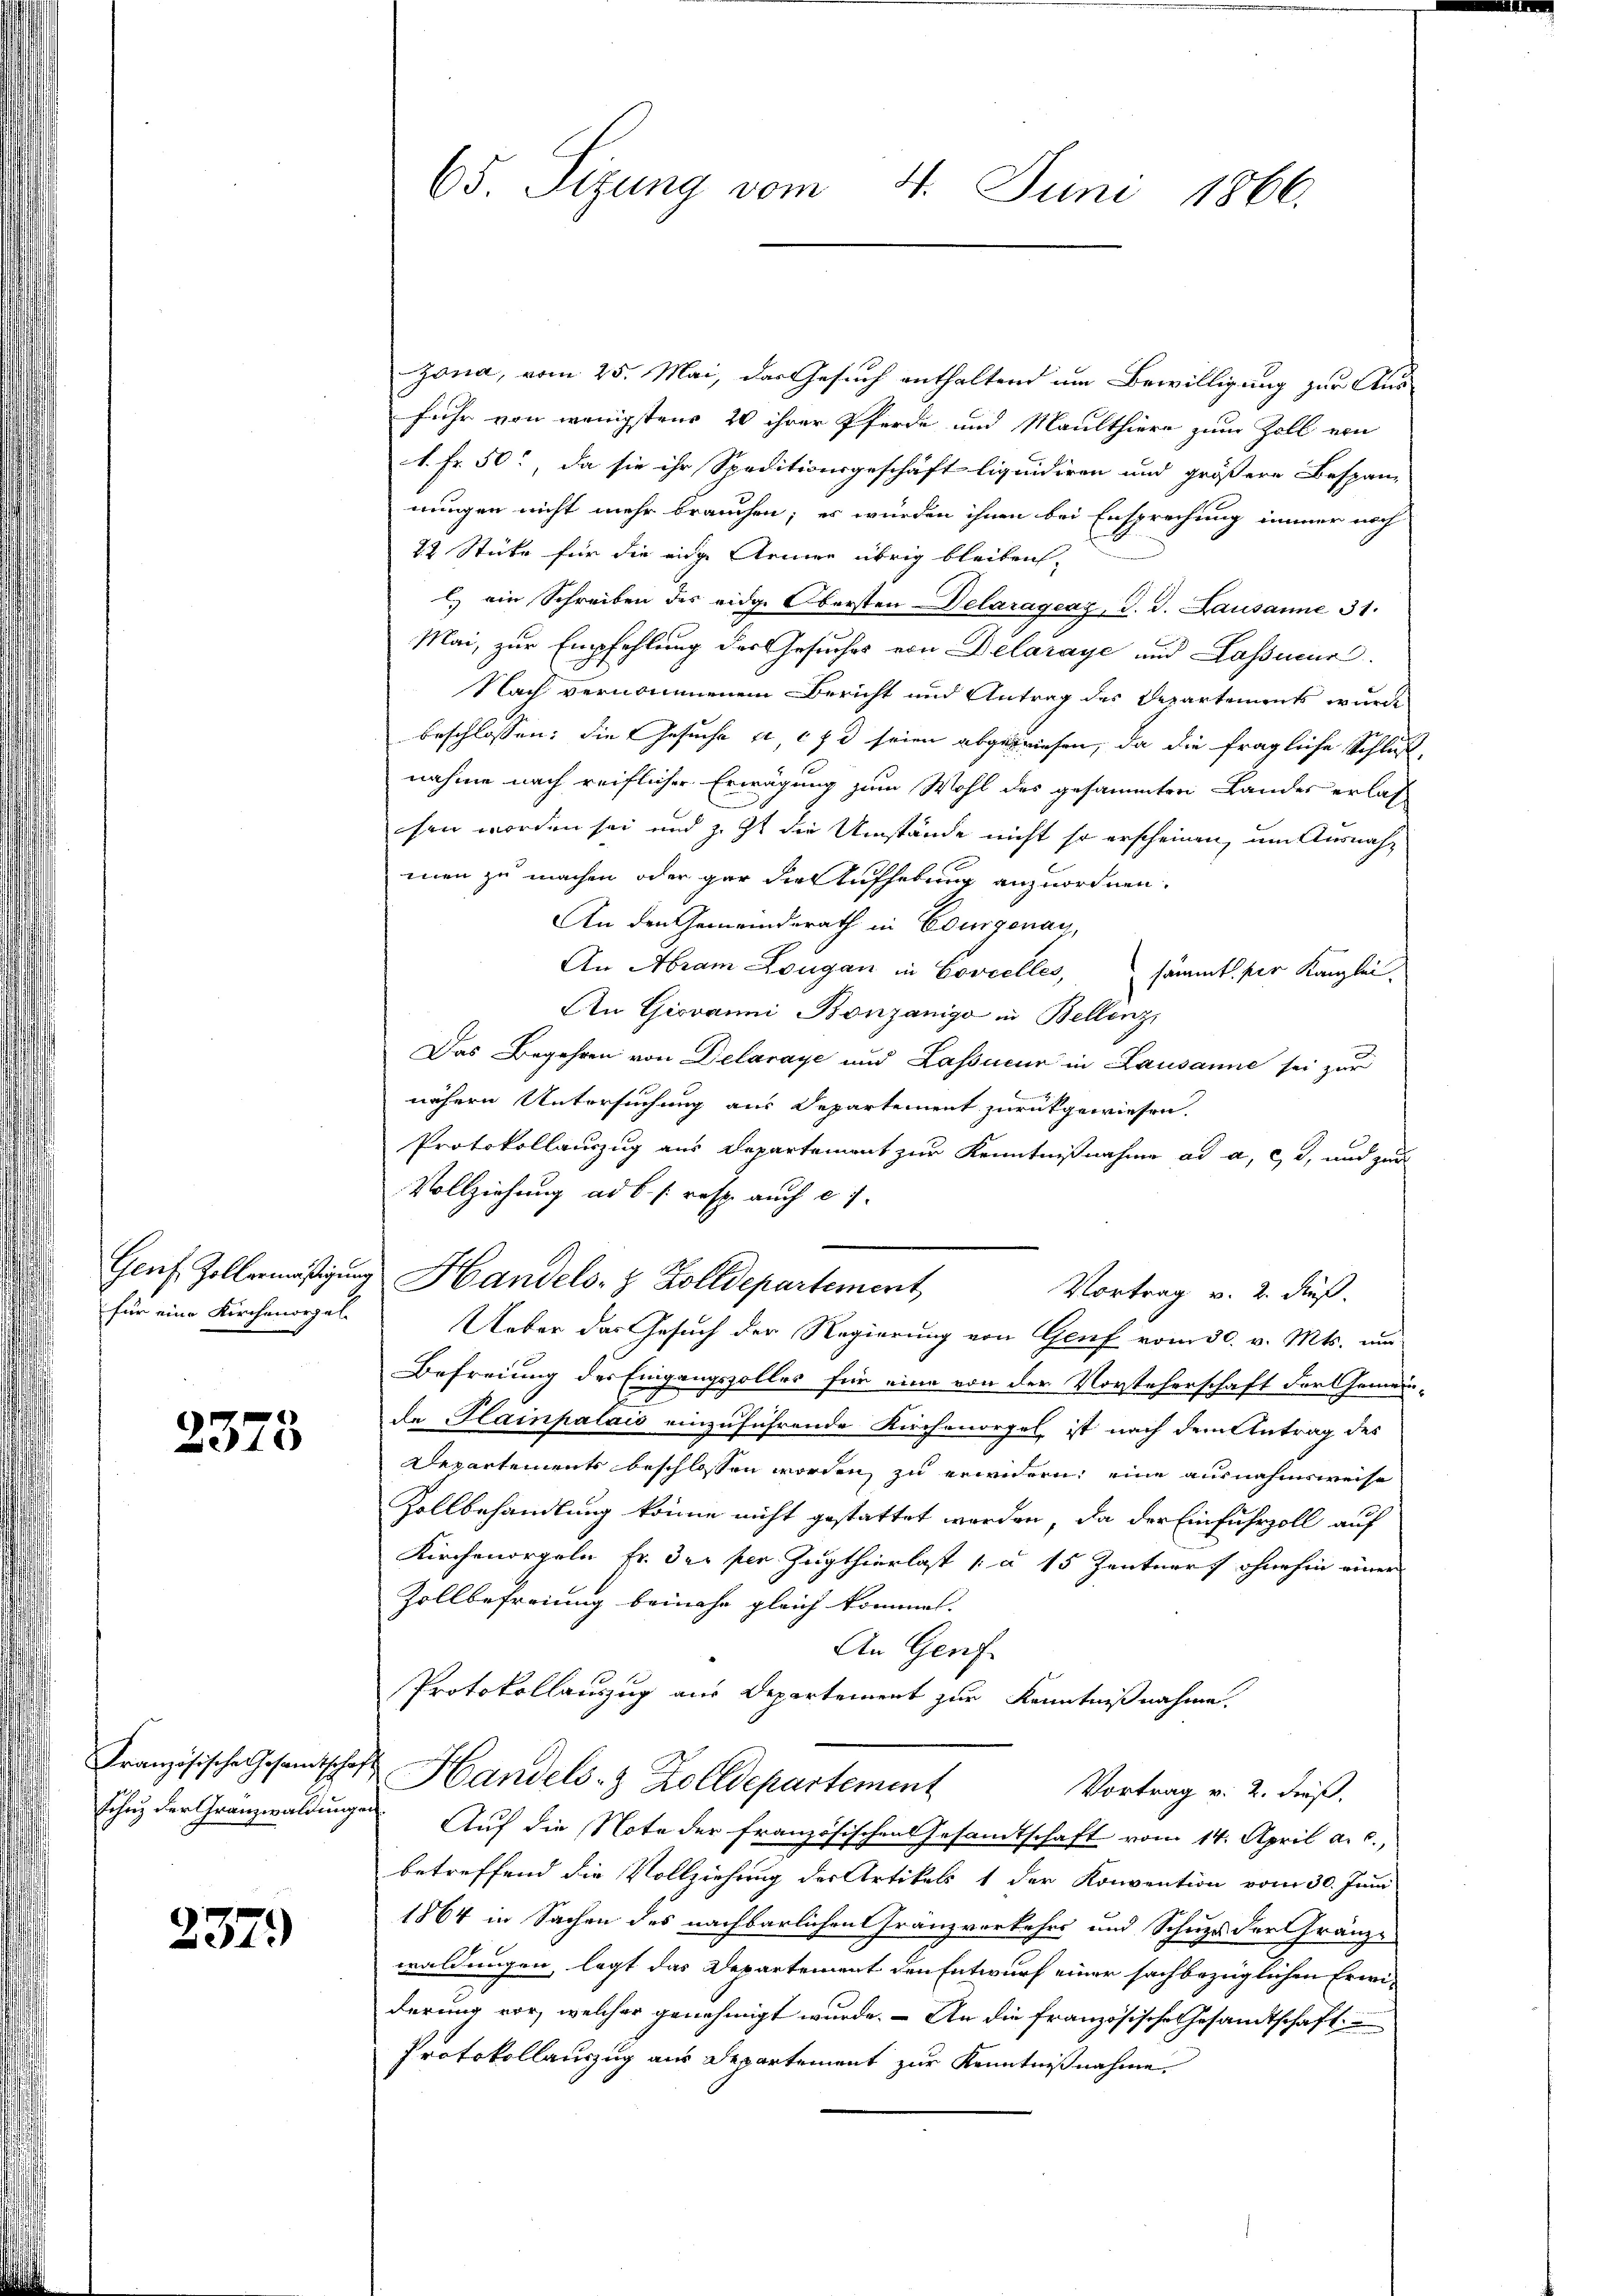
für eine Kirchenorgel

2378

Französische Gesamtschaf
schuz der Granzwaldungen

237.

65. Sizung vom 4. Juni 1866.

Zona, vom 25. Mai, das Gesuch enthaltend um Bewilligung zur Ausfuhr von wenigstens 20 ihrer Pferde und Maulthiere zum Zoll von
1. Fr. 50, da sie ihr Speditionsgeschäft liquidiren und größere Bespan-
nungen nicht mehr brauchen; es würden ihnen bei Ensprechung immer noch
22 Stüke für die eine Armen übrig bleiben,
l. ein Schreiben des eidge Obersten Delarágeaz, J. J. Lausanne 31.
Mai, zur Empfehlung des Gesuches von Delaraye und Lasseur
Nach vernommenen Bericht und Antrag des Departements wurde
beschlossen: die Gesuche et 17 seien abgewiesen, da die fragliche Schluß,
nahme nach reiflicher Erwägung zum Wohl des gesammten Landes erlassen worden sei und z. Zt. die Umstände nicht so erscheinen, um Ausnahmen zu machen oder gar die Aufhebung anzuordnen.
An den Gemeinderath in Edurgonay,
An Abram Longau in Covielles,
sämmt der Kanzlei,
An Giovanni Bonzaniga in Bellenz,
Das Begehren von Delaraye und Kassieur in Lausanne sei zur
t
nähern Untersuchung aus Departement zurückgewiesen.
Protokollauszug aus Departement zur Kenntnißnahme ad a. c., und zur
Vollziehung ad b. /: resp. auch c 1.
Genf. Zollermäßigung Handels- & Zolldepartement
Vortrag v. 2. dieß.
Ueber das Gesuch der Regierung von Genf vom 30. v. Mts. um
Befreiung des Eingangszolles für eine von der Vorsteherschaft der Gemein-
de Plainpalais einzuführende Kirchenorgel, ist nach dem Antrag des
Departements beschlossen worden, zu erwidern, eine ausnahmsweise
Zollbehandlung könne nicht gestattet werden, da der Einfuhrzoll auf
Kirchenorgeln fr. der per Zugthierlast [§ 15 Zentner ohnehin einer
Zollbefreiung beinahe gleich kommen.
An Genf
Protokollauszug aus Departement zur Kenntnißnahme.
Handels- & Zolldepartement
Vortrag v. 2. dieß.
Auf die Note der französischen Gesamtschaft vom 14. April a. c.,
betreffend die Vollziehung der Artikels 1 der Konvention vom 30. Juni
1864 in Sachen des nachbarlichen Franzverkehrs und Schuss der Gränze
waldungen, legt das Departement den Entwurf einer sachbezüglichen Erwiderung vor, welcher genehmigt wurde. – An die französische Gesandtschaft
Protokollauszug aus Departement zur Kenntnißnahme